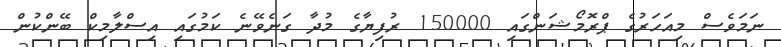
ނަަމަވެސް މިއަހަރުގެ ޕްރޮމޯޝަންގައި 150000 ރުފިޔާގެ މުދާ ގަނެވޭނެ ކަމުގައި އިސްލާމިކް ބޭންކުން